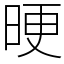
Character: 𣆳